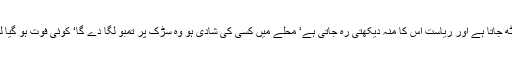
ہمارے ملک کے کسی بھی کونے میں کوئی بھی شخص کسی بھی وقت کوئی بھی گلی یا شاہراہ روک کر بیٹھ جاتا ہے اور ریاست اس کا منہ دیکھتی رہ جاتی ہے‘ محلے میں کسی کی شادی ہو وہ سڑک پر تمبو لگا دے گا‘ کوئی فوت ہو گیا لواحقین اس کی آخری تقریبات سڑک پر شروع کر دیں گے‘ مرحوم کے قل اور چالیسواں تک سڑک پر ہو گا۔